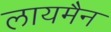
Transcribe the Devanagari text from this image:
लायमैन